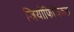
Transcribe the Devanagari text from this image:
जियोफिजिकल